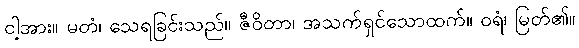
ငါ့အား။ မတံ၊ သေရခြင်းသည်။ ဇီဝိတာ၊ အသက်ရှင်သောထက်။ ဝရံ၊ မြတ်၏။